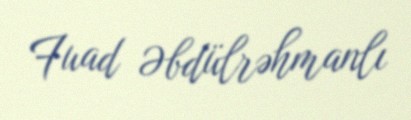
Fuad Əbdülrəhmanlı